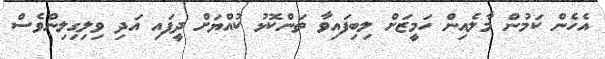
އެހެން ކަމުން މާލެއިން ހަމީޒަށް ލިބިފައިވާ ތަންކޮޅު ކުއްޔަށް ދީފައި އަދި ވިލިގިލިންވެސް